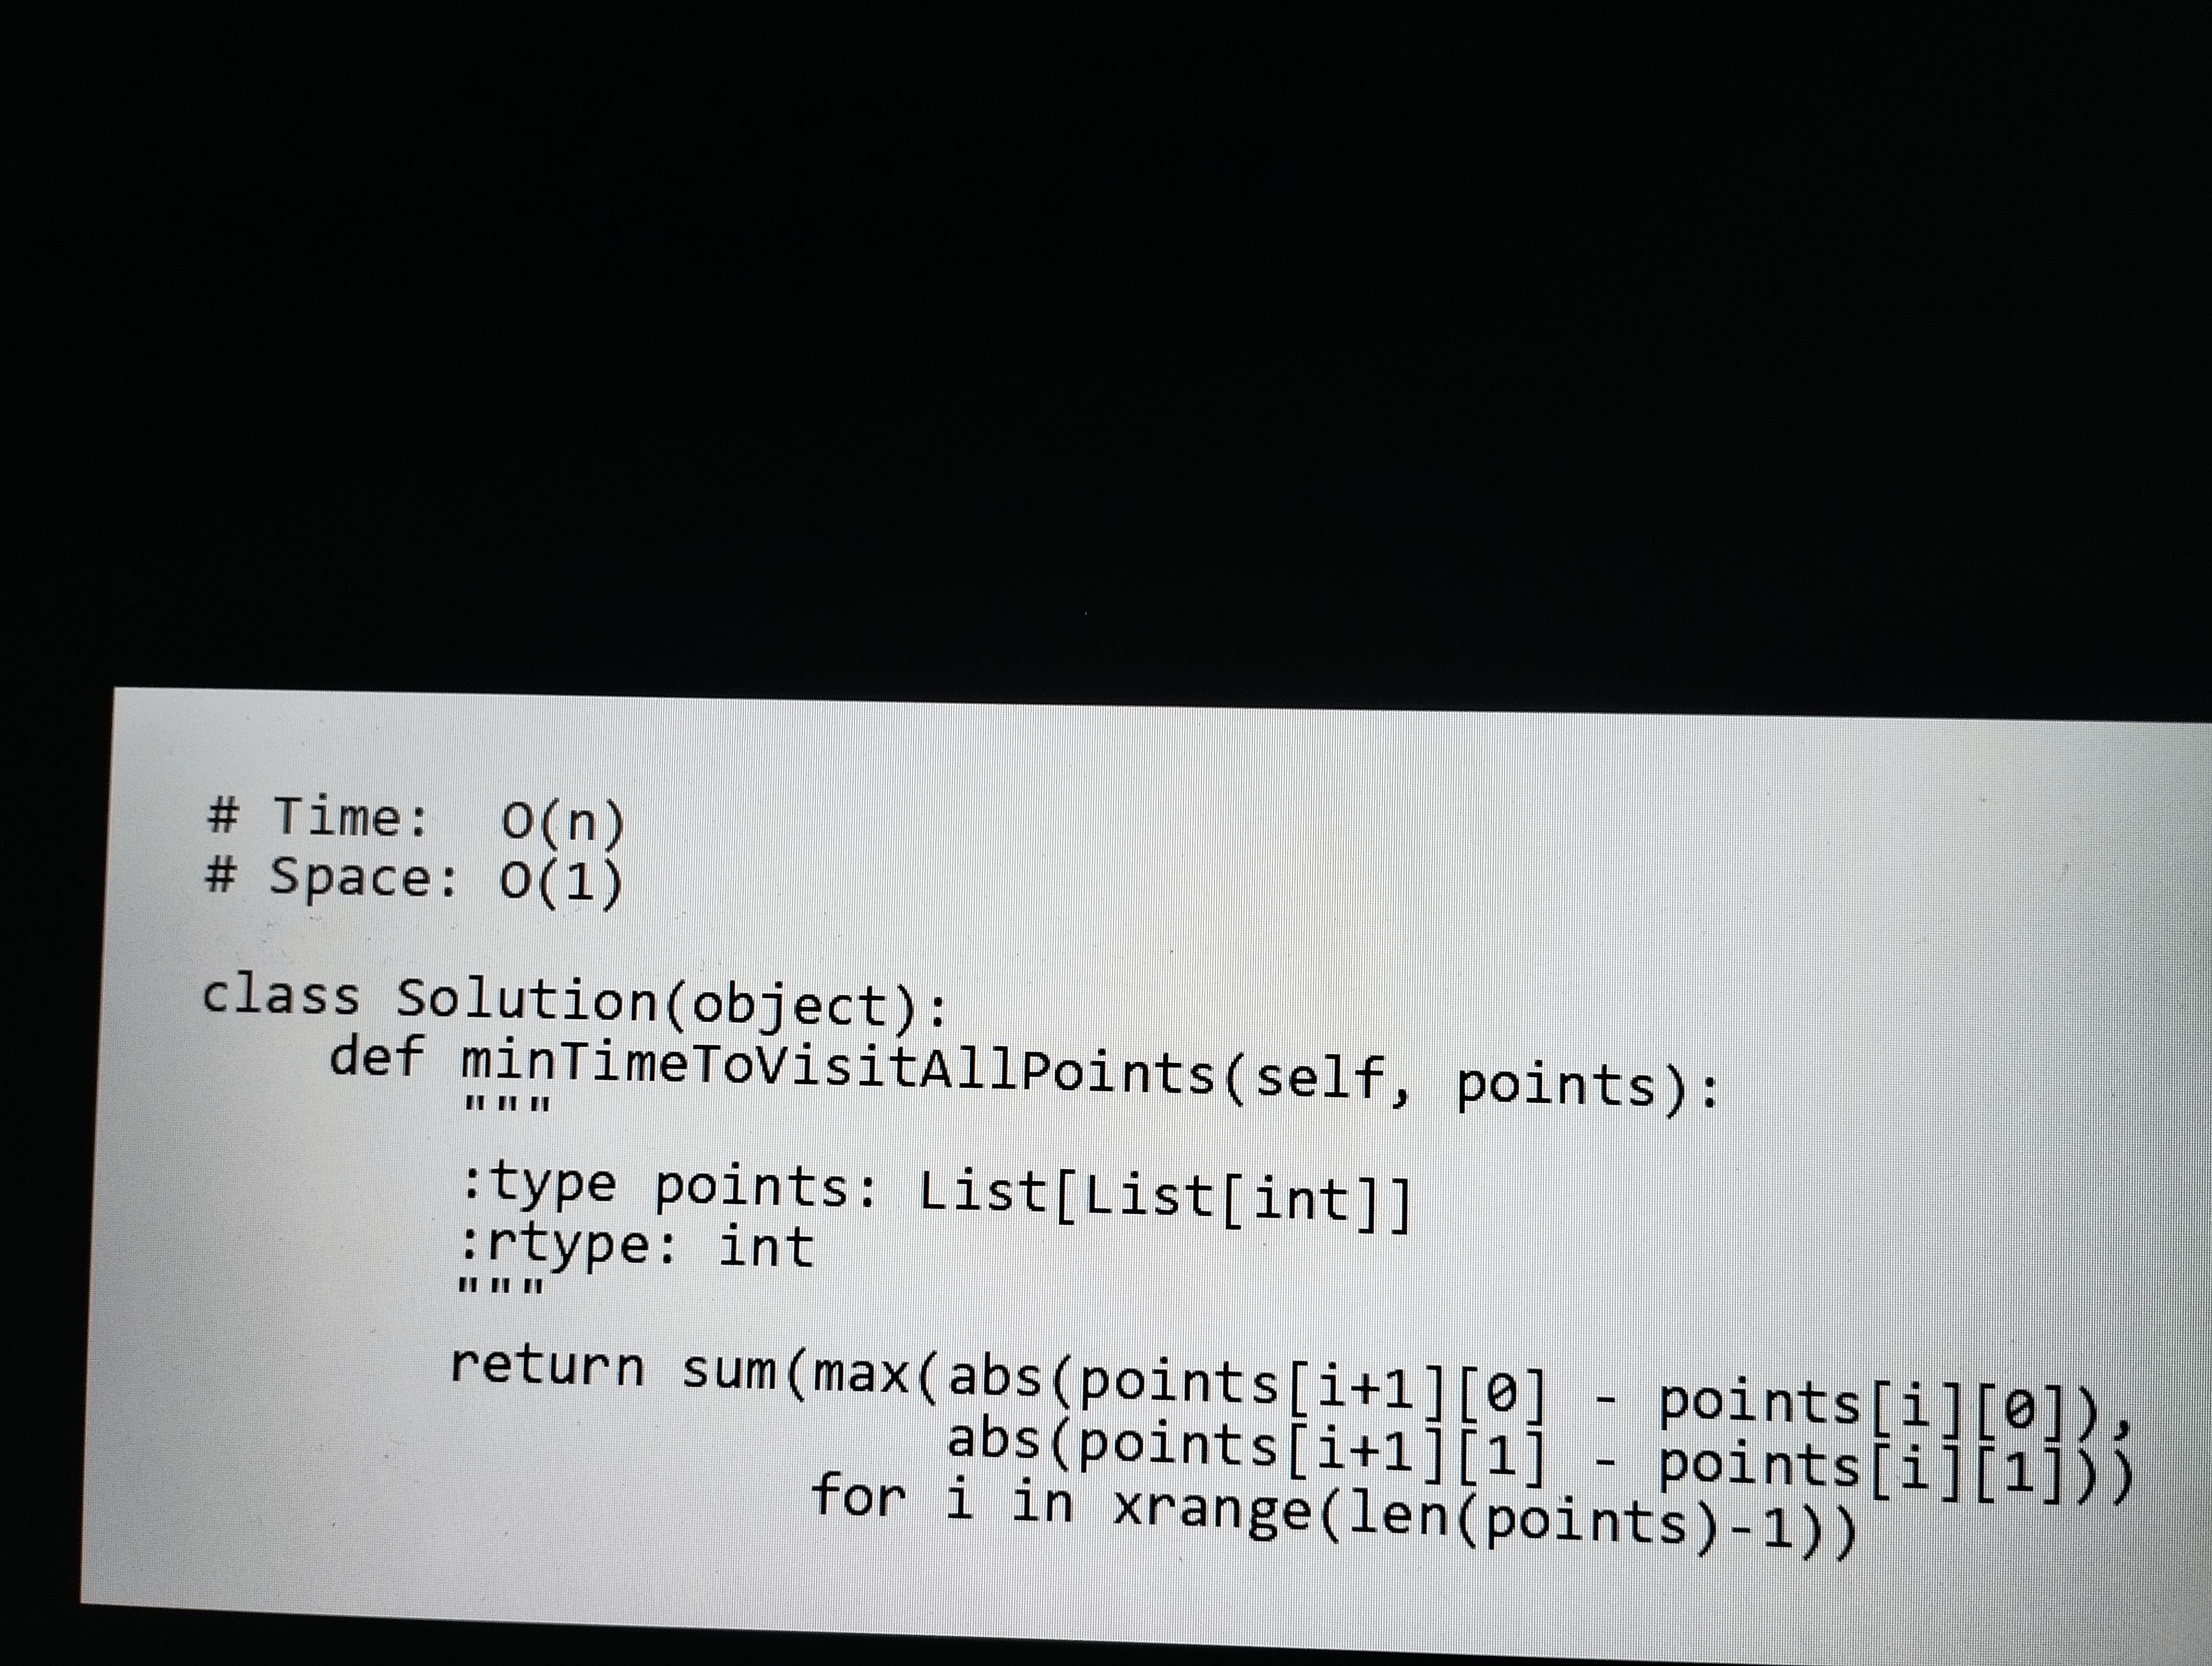
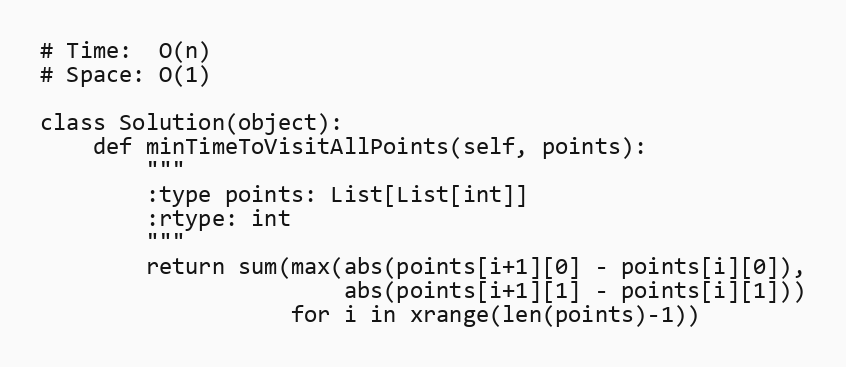
# Time:  O(n)
# Space: O(1)

class Solution(object):
    def minTimeToVisitAllPoints(self, points):
        """
        :type points: List[List[int]]
        :rtype: int
        """
        return sum(max(abs(points[i+1][0] - points[i][0]),
                       abs(points[i+1][1] - points[i][1]))
                   for i in xrange(len(points)-1))